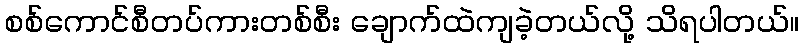
စစ်ကောင်စီတပ်ကားတစ်စီး ချောက်ထဲကျခဲ့တယ်လို့ သိရပါတယ်။